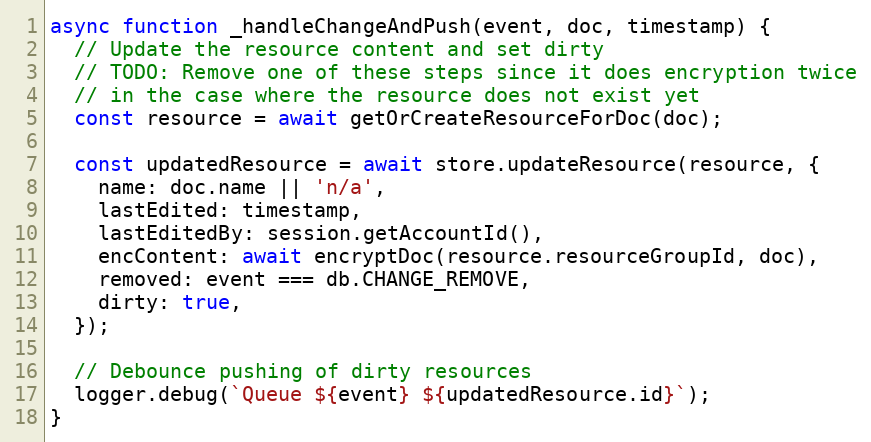
Language: JavaScript
async function _handleChangeAndPush(event, doc, timestamp) {
  // Update the resource content and set dirty
  // TODO: Remove one of these steps since it does encryption twice
  // in the case where the resource does not exist yet
  const resource = await getOrCreateResourceForDoc(doc);

  const updatedResource = await store.updateResource(resource, {
    name: doc.name || 'n/a',
    lastEdited: timestamp,
    lastEditedBy: session.getAccountId(),
    encContent: await encryptDoc(resource.resourceGroupId, doc),
    removed: event === db.CHANGE_REMOVE,
    dirty: true,
  });

  // Debounce pushing of dirty resources
  logger.debug(`Queue ${event} ${updatedResource.id}`);
}